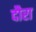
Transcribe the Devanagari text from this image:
दौरा